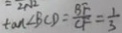
\tan \angle B C D = \frac { B F } { C F } = \frac { 1 } { 3 }